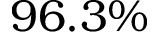
9 6 . 3 \%